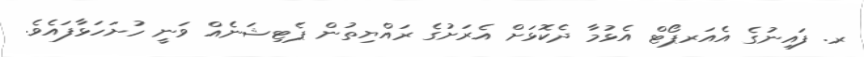
ރ. ފައިނުގެ އެއަރޕޯޓް އެޅުމާ ދެކޮޅަށް އެރަށުގެ ރައްޔިތުން ޕެޓިޝަނެއް ވަނީ ހުށަހަޅާފައެވެ.